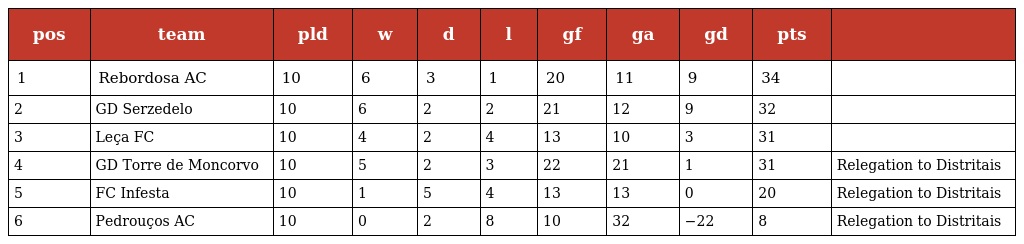
| pos | team | pld | w | d | l | gf | ga | gd | pts |  |
 | --- | --- | --- | --- | --- | --- | --- | --- | --- | --- | --- |
 | 1 | Rebordosa AC | 10 | 6 | 3 | 1 | 20 | 11 | 9 | 34 |  |
 | 2 | GD Serzedelo | 10 | 6 | 2 | 2 | 21 | 12 | 9 | 32 |  |
 | 3 | Leça FC | 10 | 4 | 2 | 4 | 13 | 10 | 3 | 31 |  |
 | 4 | GD Torre de Moncorvo | 10 | 5 | 2 | 3 | 22 | 21 | 1 | 31 | Relegation to Distritais |
 | 5 | FC Infesta | 10 | 1 | 5 | 4 | 13 | 13 | 0 | 20 | Relegation to Distritais |
 | 6 | Pedrouços AC | 10 | 0 | 2 | 8 | 10 | 32 | −22 | 8 | Relegation to Distritais |